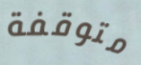
متوقفة